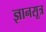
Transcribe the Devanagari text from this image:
ज्ञानसूत्र